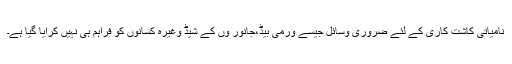
نامیاتی کاشت کاری کے لئے ضروری وسائل جیسے ورمی بیڈ،جانور وں کے شیڈ وغیرہ کسانوں کو فراہم ہی نہیں کرایا گیا ہے۔